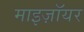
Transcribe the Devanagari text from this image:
माइज़ॉयर